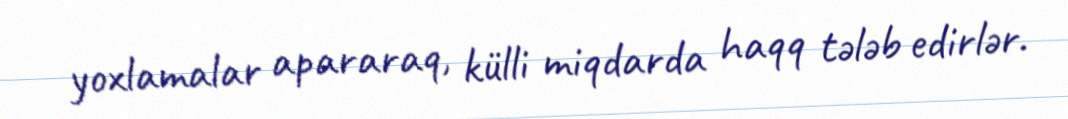
yoxlamalar apararaq, külli miqdarda haqq tələb edirlər.